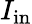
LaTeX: I_{\mathrm{{in}}}